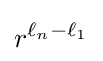
r^{\ell _{n}-\ell _{1}}